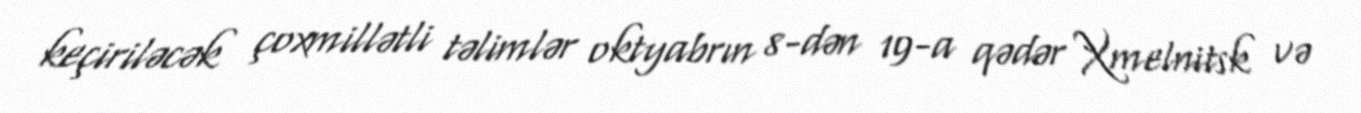
keçiriləcək çoxmillətli təlimlər oktyabrın 8-dən 19-a qədər Xmelnitsk və